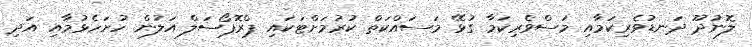
ލޮނުދޫ ދަނޑުވެރިކަމާއި މަސްވެރިކަމާ ގުޅޭ މަސައްކަތް ކުރުމަށްޓަކައި ޕްރޮޕޯސަލް އަލުން ހުށަހެޅުމާއި އަދި